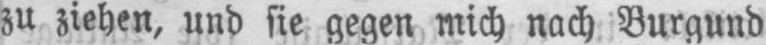
zu ziehen, und sie gegen mich nach Burgund